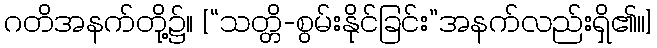
ဂတိအနက်တို့၌။ [“သတ္တိ-စွမ်းနိုင်ခြင်း”အနက်လည်းရှိ၏၊၊]